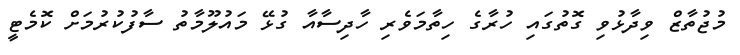
މުޖުތާޒް ވިދާޅުވި ގޮތުގައި ހުރާގެ ހިތާމަވެރި ހާދިސާއާ ގުޅޭ މައުލޫމާތު ސާފުކުރުމަށް ކޮމެޓީ